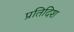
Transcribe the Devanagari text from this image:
प्रतिदिश